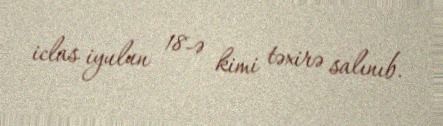
iclas iyulun 18-ə kimi təxirə salınıb.